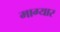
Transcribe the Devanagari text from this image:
माग्यार